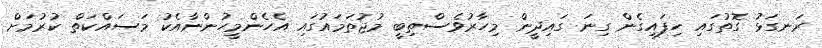
ރަނގަޅު ގޮތުގައި ހިފައިގެން ގިނަ ގައިދީން މިހާރުވެސްތިބީ މުޖުތަމައުގައި އެހެންމީހުންނާއެކު މަސައްކަތް ކުރުމަށް